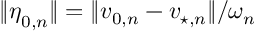
\lVert \boldsymbol { \eta } _ { 0 , n } \rVert = \lVert \boldsymbol { v } _ { 0 , n } - \boldsymbol { v } _ { \! \; \! \star , n } \rVert / \omega _ { n }